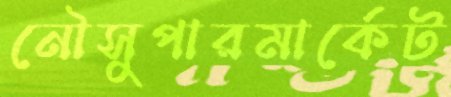
নৌসুপারমার্কেট